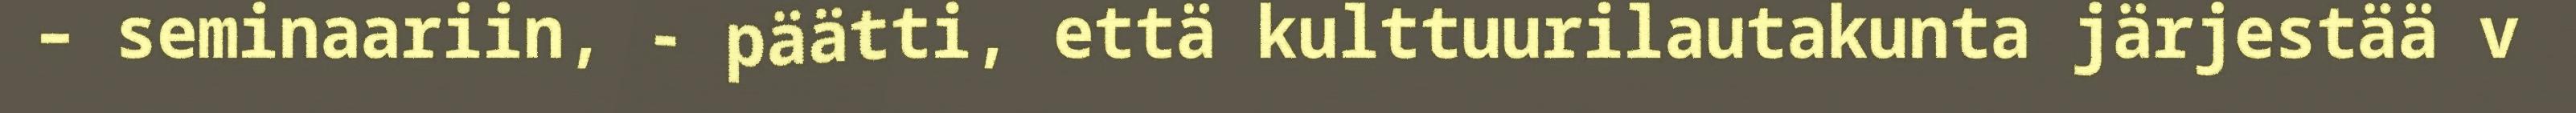
– seminaariin, - päätti, että kulttuurilautakunta järjestää v